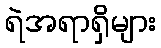
ရဲအရာရှိများ